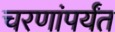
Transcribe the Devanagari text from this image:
चरणांपर्यंत